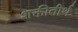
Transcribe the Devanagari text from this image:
शक्तीतीर्थ